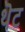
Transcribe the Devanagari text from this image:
थॆट